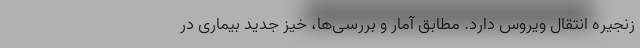
زنجیره انتقال ویروس دارد. مطابق آمار و بررسی‌ها، خیز جدید بیماری در